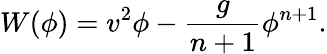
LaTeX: W(\phi)=v^{2}\phi-\frac{g}{n+1}\phi^{n+1}.